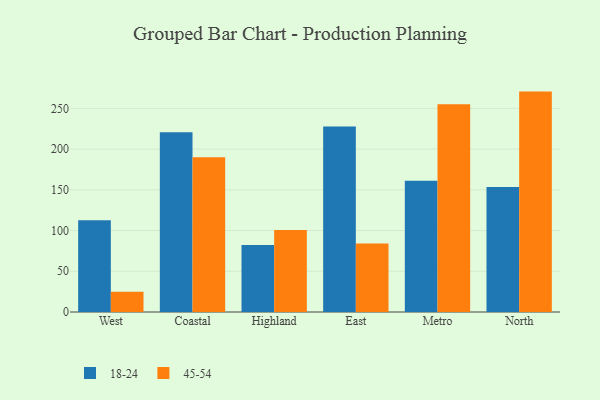
{"axis": {"x": "Region", "y": "Tickets Resolved"}, "legend": ["18-24", "45-54"], "data": [{"x": "West", "y": 112.5, "type": "18-24"}, {"x": "West", "y": 24.9, "type": "45-54"}, {"x": "Coastal", "y": 220.8, "type": "18-24"}, {"x": "Coastal", "y": 189.9, "type": "45-54"}, {"x": "Highland", "y": 82.4, "type": "18-24"}, {"x": "Highland", "y": 100.8, "type": "45-54"}, {"x": "East", "y": 227.8, "type": "18-24"}, {"x": "East", "y": 84.2, "type": "45-54"}, {"x": "Metro", "y": 161.0, "type": "18-24"}, {"x": "Metro", "y": 255.2, "type": "45-54"}, {"x": "North", "y": 153.4, "type": "18-24"}, {"x": "North", "y": 270.6, "type": "45-54"}]}